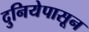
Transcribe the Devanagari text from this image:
दुनियेपासून